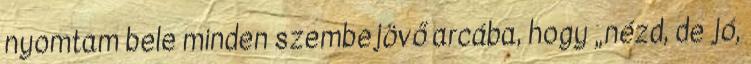
nyomtam bele minden szembejövő arcába, hogy „nézd, de jó,